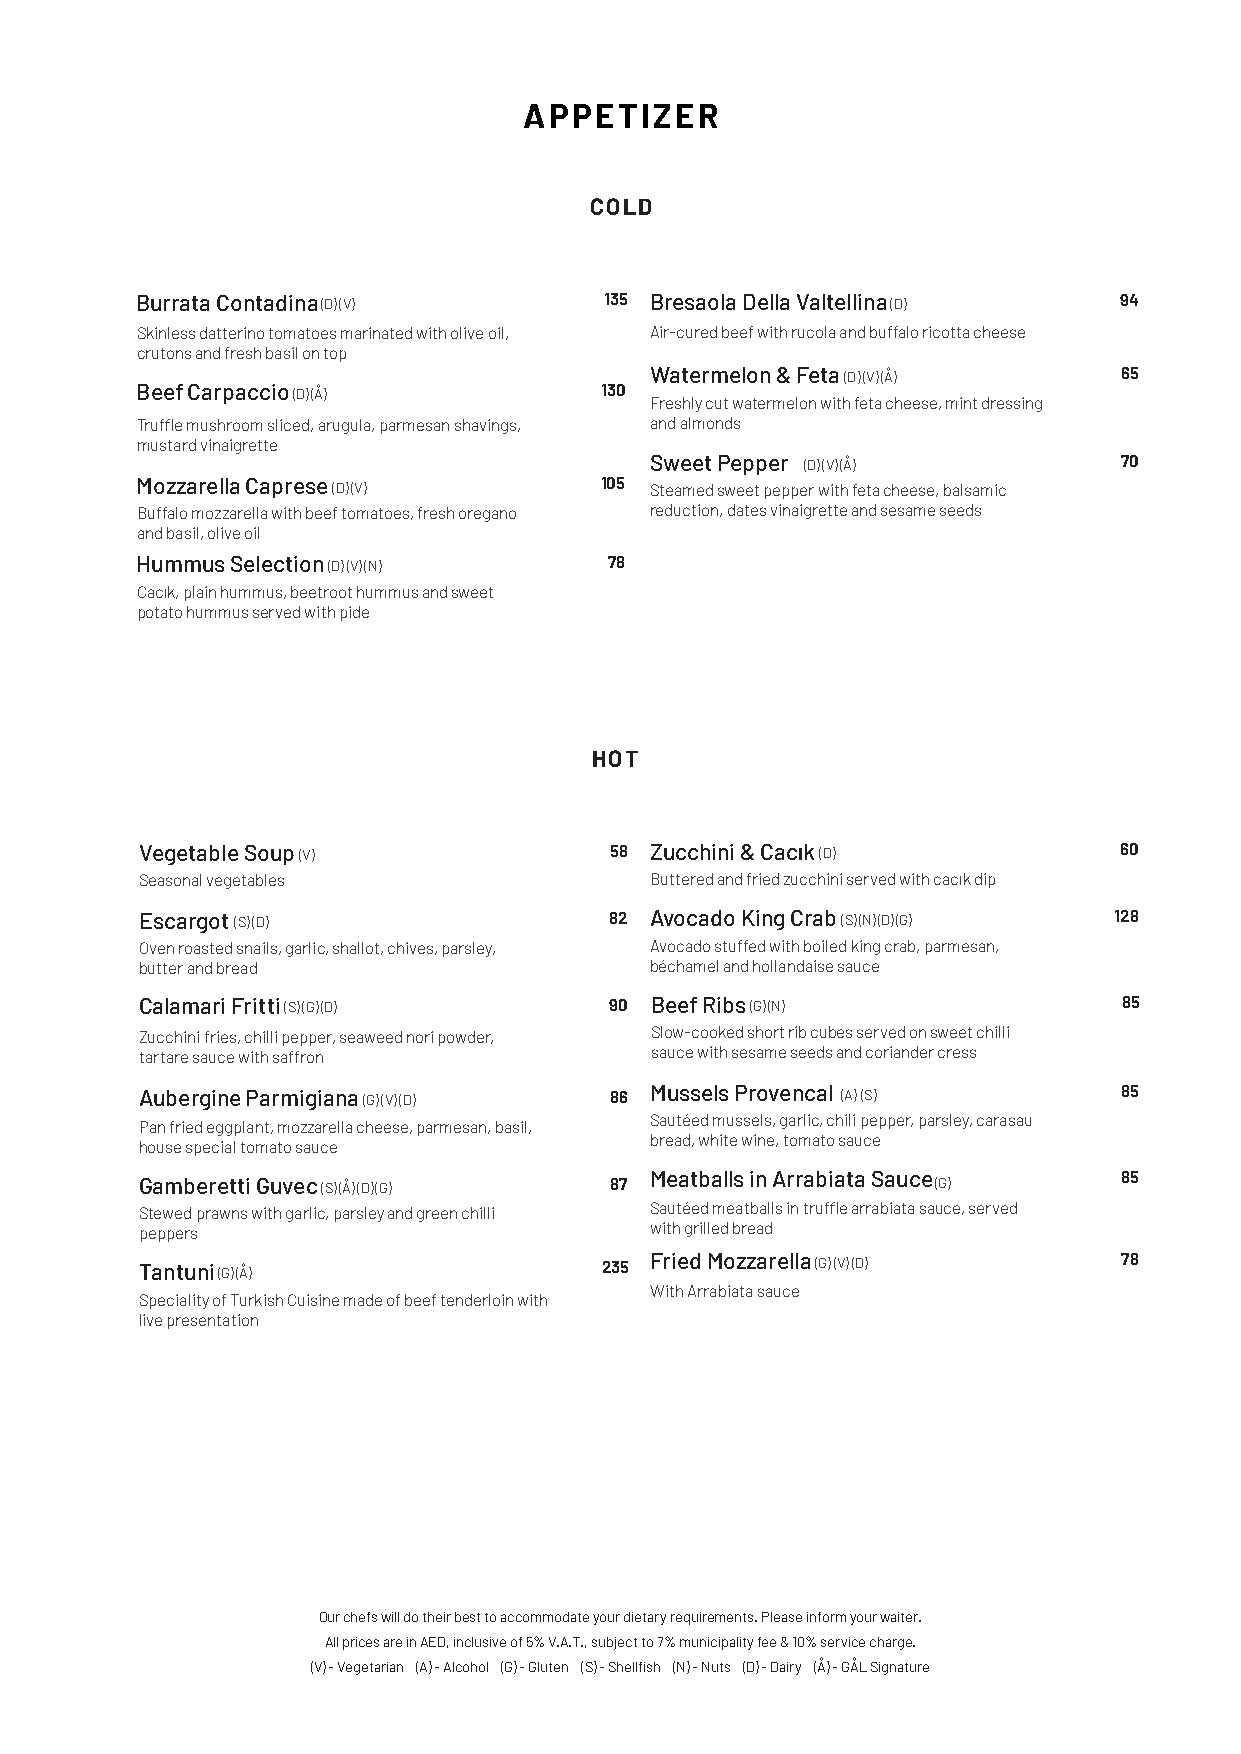
APPETIZER
 COLD
 Burrata Contadina(D)(V)        135 Bresaola Della Valtellina(D)  94
 Skinless datterino tomatoes marinated with olive oil, Air-cured beef with rucola and buffalo ricotta cheese
 crutons and fresh basil on top
 Watermelon & Feta (D)(V)(Å)    65
 Beef Carpaccio (D)(Å)          130
 Freshly cut watermelon with feta cheese, mint dressing
 Truffle mushroom sliced, arugula, parmesan shavings, and almonds
 mustard vinaigrette
 Sweet Pepper (D)(V)(Å)         70
 Mozzarella Caprese (D)(V)      105 Steamed sweet pepper with feta cheese, balsamic
 Buffalo mozzarella with beef tomatoes, fresh oregano reduction, dates vinaigrette and sesame seeds
 and basil, olive oil
 Hummus Selection (D)(V)(N)     78
 Cacık, plain hummus, beetroot hummus and sweet
 potato hummus served with pide
 HOT
 Vegetable Soup (V)             58 Zucchini & Cacık (D)           60
 Seasonal vegetables               Buttered and fried zucchini served with cacık dip
 Escargot (S)(D)                82 Avocado King Crab (S)(N)(D)(G) 128
 Oven roasted snails, garlic, shallot, chives, parsley, Avocado stuffed with boiled king crab, parmesan,
 butter and bread                  béchamel and hollandaise sauce
 Calamari Fritti (S)(G)(D)      90 Beef Ribs (G)(N)               85
 Zucchini fries, chilli pepper, seaweed nori powder, Slow-cooked short rib cubes served on sweet chilli
 tartare sauce with saffron        sauce with sesame seeds and coriander cress
 Aubergine Parmigiana (G)(V)(D) 86 Mussels Provencal (A)(S)       85
 Sautéed mussels, garlic, chili pepper, parsley, carasau
 Pan fried eggplant, mozzarella cheese, parmesan, basil,
 bread, white wine, tomato sauce
 house special tomato sauce
 Gamberetti Guvec (S)(Å)(D)(G)  87 Meatballs in Arrabiata Sauce (G) 85
 Stewed prawns with garlic, parsley and green chilli Sautéed meatballs in truffle arrabiata sauce, served
 peppers                           with grilled bread
 Tantuni (G)(Å)                 235 Fried Mozzarella (G)(V)(D)    78
 With Arrabiata sauce
 Speciality of Turkish Cuisine made of beef tenderloin with
 live presentation
 Our chefs will do their best to accommodate your dietary requirements. Please inform your waiter.
 All prices are in AED, inclusive of 5% V.A.T., subject to 7% municipality fee & 10% service charge.
 (V) - Vegetarian (A) - Alcohol (G) - Gluten (S) - Shellfish (N) - Nuts (D) - Dairy (Å) - GÅL Signature